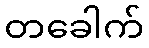
တခေါက်